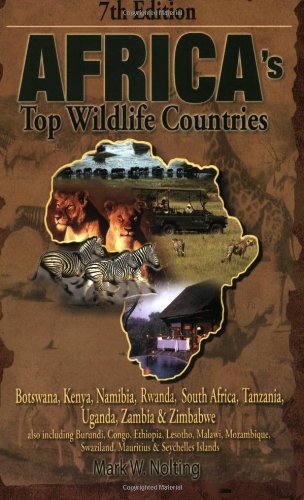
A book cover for Africa's Top Wildlife Countries: Botswana, Kenya, Namibia, Rwanda, South Africa, Tanzania, Uganda, Zambia & Zimbabwe; Mark W. Nolting; Travel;